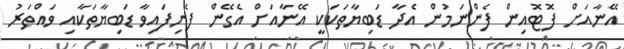
އޭނާއަށް ފޮޓޮއިން ފެންނަމުން އެދާ ޑަބިޔާތަކަކީ އޭނާއަށް އެގޭން ފެނިފައިވާ ޑަބިޔާތަކާއި ވައްތަރު